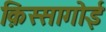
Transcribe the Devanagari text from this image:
क़िस्सागोई